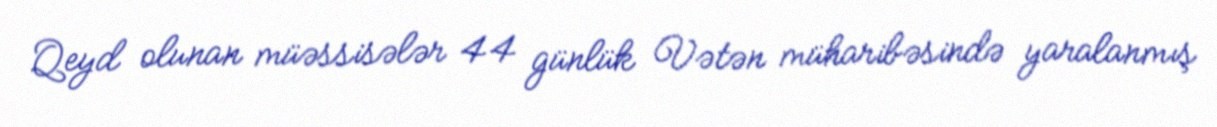
Qeyd olunan müəssisələr 44 günlük Vətən müharibəsində yaralanmış